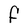
Character: F